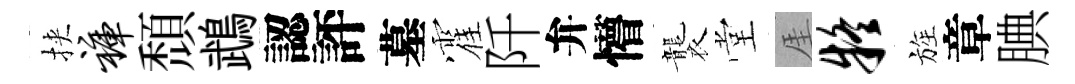
挾裤頹鵡認評墓霍阡弁懵襲堂厓疑旌章腆